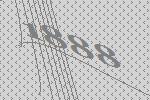
1888